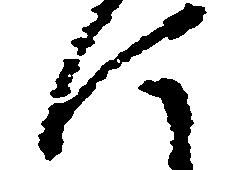
に